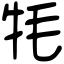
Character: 牦